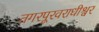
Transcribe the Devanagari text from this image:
तगरपूरवराधीश्वर